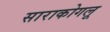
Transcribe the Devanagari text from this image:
साराकोगलू